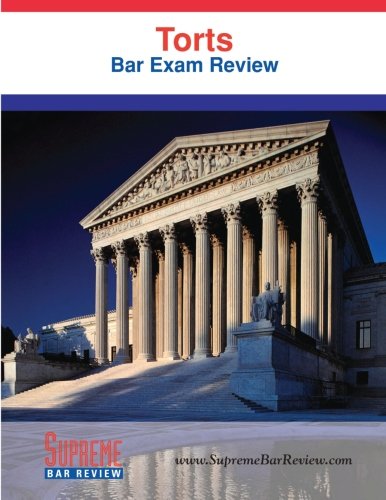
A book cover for Torts: Bar Exam Review; Supreme Bar Review; Test Preparation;